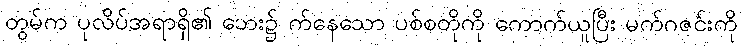
တွမ်က ပုလိပ်အရာရှိ၏ ဘေး၌ က်နေသော ပစ်စတိုကို ကောက်ယူပြီး မက်ဂဇင်းကို